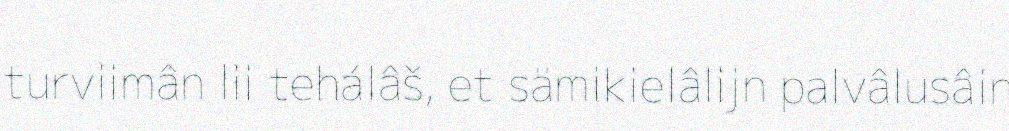
turviimân lii tehálâš, et sämikielâlijn palvâlusâin